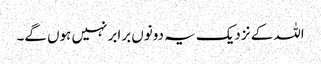
اللہ کے نزدیک یہ دونوں برابر نہیں ہوں گے۔